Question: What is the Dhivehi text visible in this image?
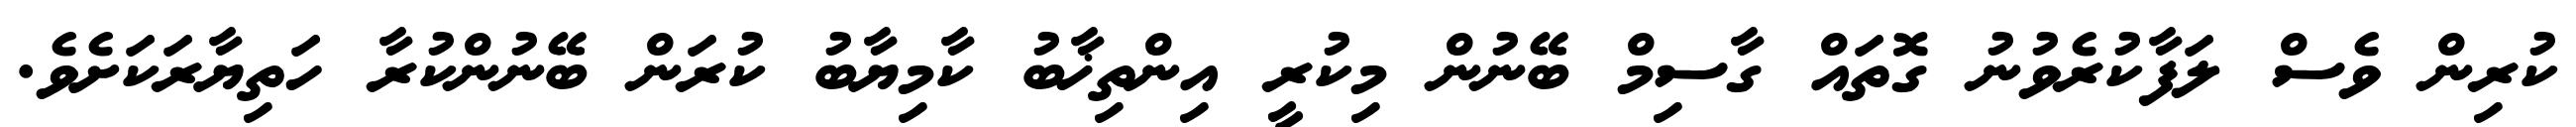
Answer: ކުރިން ވެސް ލަފާކުރެވުނު ގޮތައް ގާސިމް ބޭނުން މިކުރީ އިންތިޚާބު ކާމިޔާބު ކުރަން ބޭނުންކުރާ ހަތިޔާރަކަށެވެ.